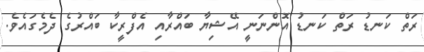
ރަތް ކަނޑު ރަތް ކަނޑު އޮންނަނީ އޭޝިޔާ ބައްރާއި އެފްރީކާ ބައްރުގެ ދެމެގައެވެ.